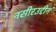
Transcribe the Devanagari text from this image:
नसीरउद्दीन